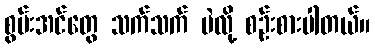
စွမ်းအင်တွေ သက်သက် ပဲလို့ စဉ်းစားပါတယ်။